Report on lock hospitals in British Burma
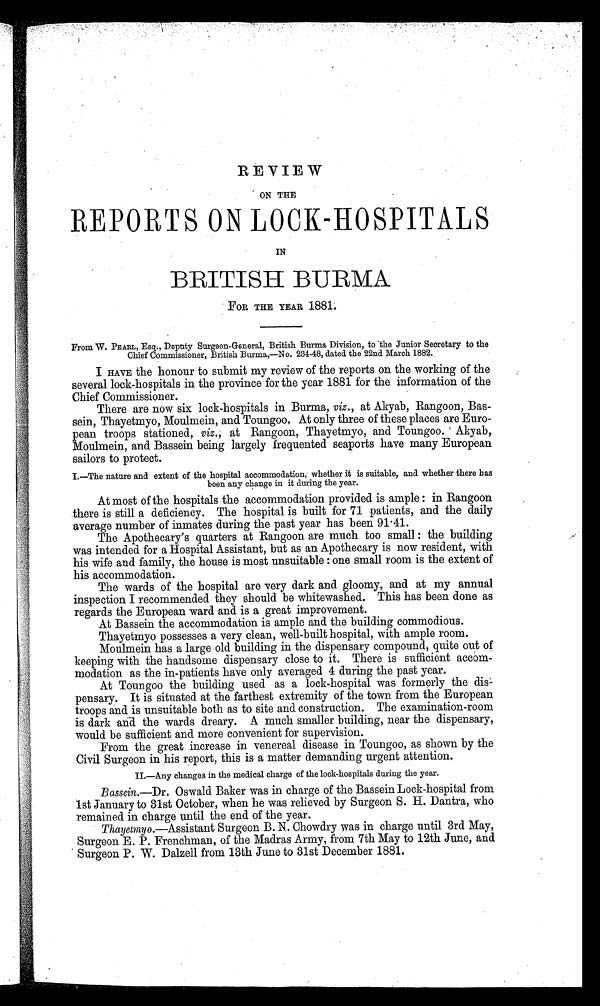
REVIEW
ON THE
REPORTS ON LOCK-HOSPITALS
IN
BRITISH BURMA
FOR THE YEAR 1881.
From W. PEARL, Esq., Deputy Surgeon-General, British Burma Division, to the Junior Secretary to the
Chief Commissioner, British Burma,—No. 234-48, dated the 22nd March 1882.
I HAVE the honour to submit my review of the reports on the working of the
several lock-hospitals in the province for the year 1881 for the information of the
Chief Commissioner.
There are now six lock-hospitals in Burma, viz., at Akyab, Rangoon, Bas-
sein, Thayetmyo, Moulmein, and Toungoo. At only three of these places are Euro-
pean troops stationed, viz.; at Rangoon, Thayetmyo, and Toungoo. Akyab,
Moulmein, and Bassein being largely frequented seaports have many European
sailors to protect.
I.—The nature and extent of the hospital accommodation, whether it is suitable, and whether there has
been any change in it during the year.
At most of the hospitals the accommodation provided is ample : in Rangoon
there is still a deficiency. The hospital is built for 71 patients, and the daily
average number of inmates during the past year has been 91.41.
The Apothecary's quarters at Rangoon are much too small : the building
was intended for a Hospital Assistant, but as an Apothecary is now resident, with
his wife and family, the house is most unsuitable : one small room is the extent of
his accommodation.
The wards of the hospital are very dark and gloomy, and at my annual
inspection I recommended they should be whitewashed. This has been done as
regards the European ward and is a great improvement.
At Bassein the accommodation is ample and the building commodious.
Thayetmyo possesses a very clean, well-built hospital, with ample room.
Moulmein has a large old building in the dispensary compound, quite out of
keeping with the handsome dispensary close to it. There is sufficient accom-
modation as the in-patients have only averaged 4 during the past year.
At Toungoo the building used as a lock-hospital was formerly the dis–
pensary. It is situated at the farthest extremity of the town from the European
troops and is unsuitable both as to site and construction. The examination-room
is dark ad the wards dreary. A much smaller building, near the dispensary,
would be sufficient and more convenient for supervision.
From the great increase in venereal disease in Toungoo, as shown by the
Civil Surgeon in his report, this is a matter demanding urgent attention.
II.—Any changes in the medical charge of the lock-hospitals during the year.
Bassein.—Dr. Oswald Baker was in charge of the Bassein Lock-hospital from
1st January to 31st October, when he was relieved by Surgeon S. H. Dantra, who
remained in charge until the end of the year.
Thayetmyo.—Assistant Surgeon B. N. Chowdry was in charge until 3rd May,
Surgeon E. P. Frenchman, of the Madras Army, from 7th May to 12th June, and
Surgeon P. W. Dalzell from 13th June to 31st December 1881.